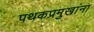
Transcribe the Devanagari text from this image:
पथकप्रमुखांना